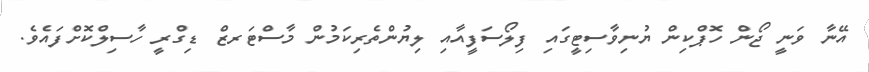
އޭނާ ވަނީ ޖޯން ހޮޕްކިން ޔުނިވާސިޓީގައި ފިލޯސަފީއާއި ލިޔުންތެރިކަމުން މާސްޓަރޒް ޑިގްރީ ހާސިލްކޮށްފައެވެ.